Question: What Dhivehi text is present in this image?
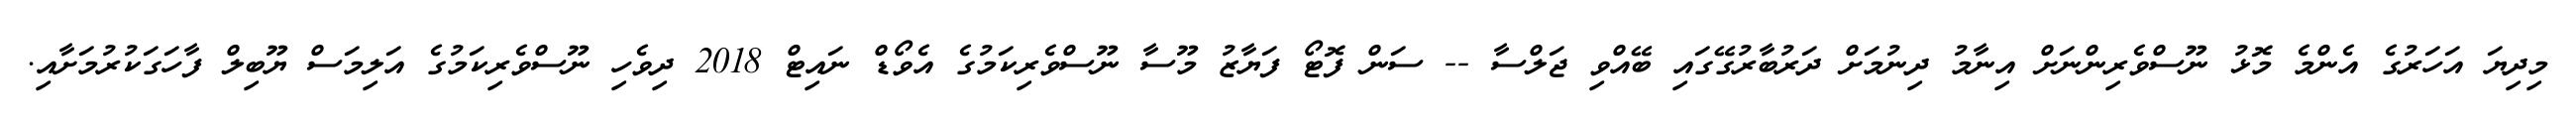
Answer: މިދިޔަ އަހަރުގެ އެންމެ މޮޅު ނޫސްވެރިންނަށް އިނާމު ދިނުމަށް ދަރުބާރުގޭގައި ބޭއްވި ޖަލްސާ -- ސަން ފޮޓޯ ފަޔާޒު މޫސާ ނޫސްވެރިކަމުގެ އެވޯޑް ނައިޓް 2018 ދިވެހި ނޫސްވެރިކަމުގެ އަލިމަސް ޔޫބިލް ފާހަގަކުރުމަށާއި.